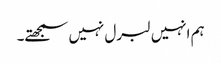
ہم انہیں لبرل نہیں سمجھتے۔